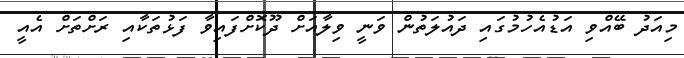
މިއަދު ބޭއްވި އަޑުއެހުމުގައި ދައުލަތުން ވަނީ ވިލާއަށް ދޫކޮށްފައިވާ ފަޅުތަކާއި ރަށްތަށް އެއީ